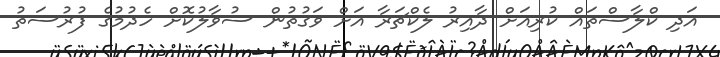
އަދި ކްލާސްތައް ކުރިއަށް ދާއިރު ލެކްޗަރާ އަށް ވަގުތުން ސުވާލުކޮށް ހެދުމުގެ ފުރުސަތު